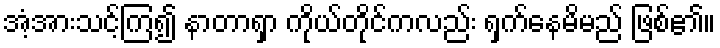
အံ့အားသင့်ကြ၍ နာတာရှာ ကိုယ်တိုင်ကလည်း ရှက်နေမိမည် ဖြစ်၏။